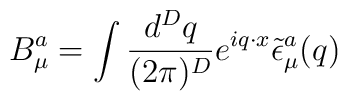
B^a_\mu=\int\frac{d^Dq}{(2\pi)^D}e^{iq\cdot x}\tilde{\epsilon}_\mu^a(q)